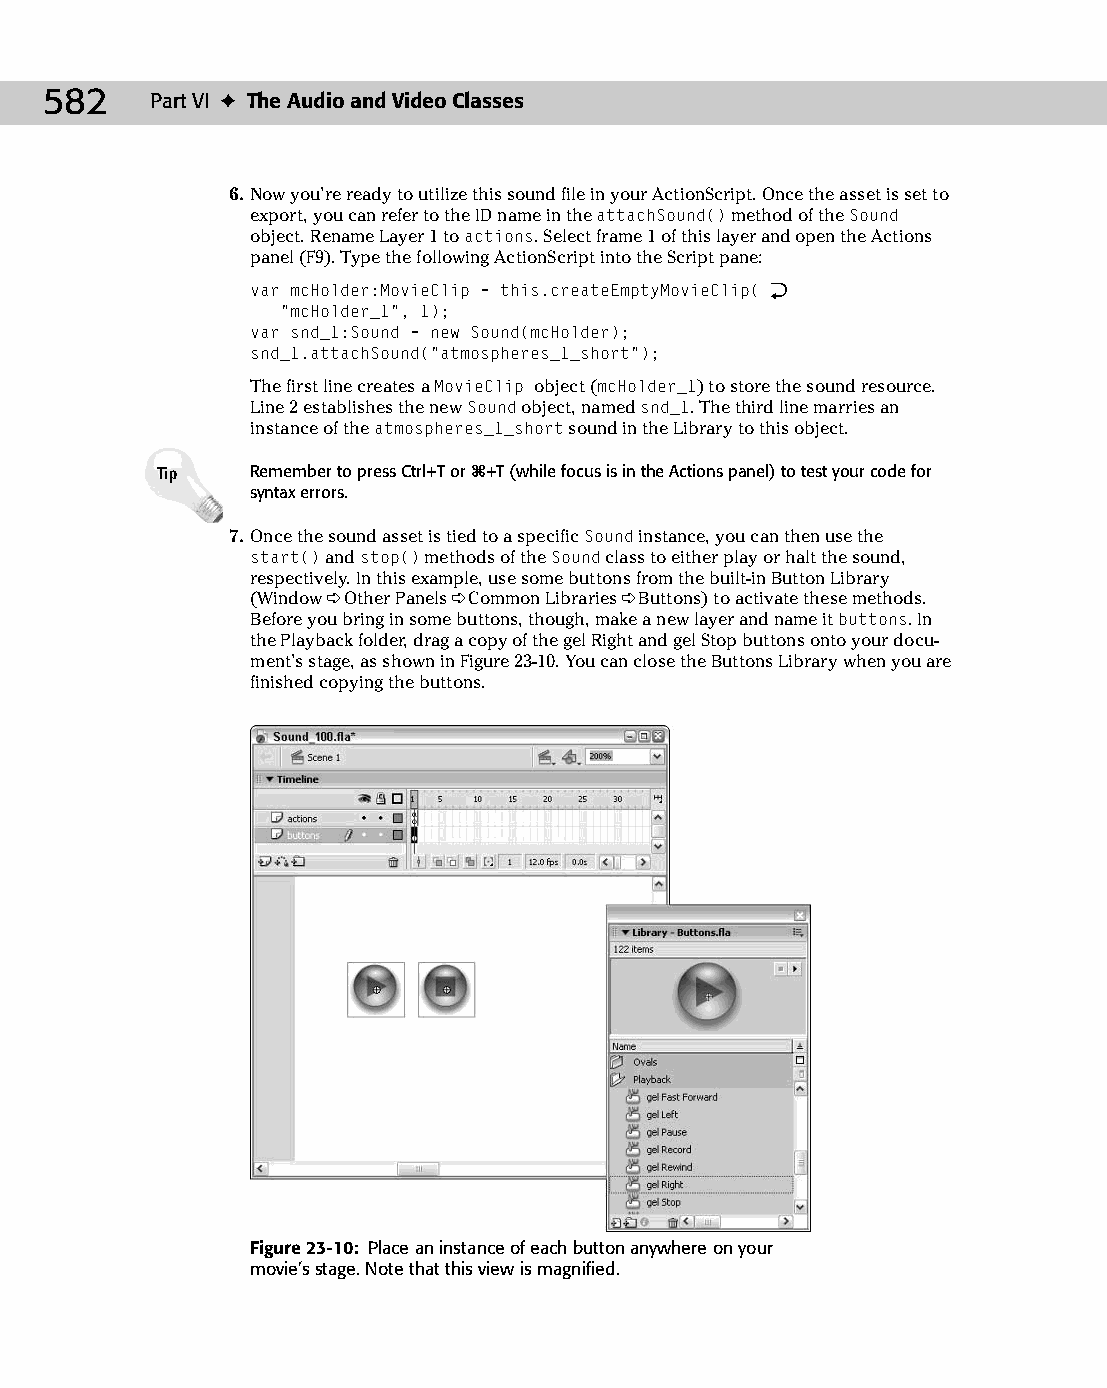
30 543547 ch23.qxd 3/24/04 4:09 PM Page 582
 582    Part VI ✦ The Audio and Video Classes
 6. Now you’re ready to utilize this sound file in your ActionScript. Once the asset is set to
 export, you can refer to the ID name in the attachSound() method of the Sound
 object. Rename Layer 1 to actions. Select frame 1 of this layer and open the Actions
 panel (F9). Type the following ActionScript into the Script pane:
 var mcHolder:MovieClip = this.createEmptyMovieClip( Æ
 “mcHolder_1”, 1);
 var snd_1:Sound = new Sound(mcHolder);
 snd_1.attachSound(“atmospheres_1_short”);
 The first line creates a MovieClip object (mcHolder_1) to store the sound resource.
 Line 2 establishes the new Sound object, named snd_1. The third line marries an
 instance of the atmospheres_1_short sound in the Library to this object.
 Tip    Remember to press Ctrl+T or Ô+T (while focus is in the Actions panel) to test your code for
 syntax errors.
 7. Once the sound asset is tied to a specific Sound instance, you can then use the
 start() and stop() methods of the Sound class to either play or halt the sound,
 respectively. In this example, use some buttons from the built-in Button Library
 (Window ➪ Other Panels ➪ Common Libraries ➪ Buttons) to activate these methods.
 Before you bring in some buttons, though, make a new layer and name it buttons. In
 the Playback folder, drag a copy of the gel Right and gel Stop buttons onto your docu-
 ment’s stage, as shown in Figure 23-10. You can close the Buttons Library when you are
 finished copying the buttons.
 Figure 23-10: Place an instance of each button anywhere on your
 movie’s stage. Note that this view is magnified.